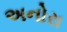
અનોરા